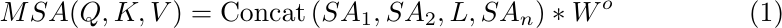
\begin{equation}
\begin{aligned}
\label{deqn_ex2a}
MSA(Q, K, V)=\operatorname{Concat}\left(SA_1, SA_2, L, SA_n\right) * W^o
\end{aligned}
\end{equation}